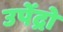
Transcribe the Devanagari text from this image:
उपेंद्रो